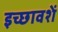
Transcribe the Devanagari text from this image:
इच्छावशें